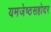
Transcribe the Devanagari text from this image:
यमजेष्ठसहोदर